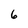
Character: 6